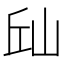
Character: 𱛛